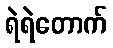
ရဲရဲတောက်